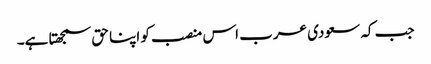
جب کہ سعودی عرب اس منصب کو اپنا حق سمجھتا ہے۔